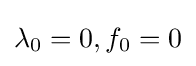
\lambda _{0}=0,f_{0}=0